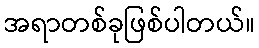
အရာတစ်ခုဖြစ်ပါတယ်။